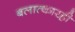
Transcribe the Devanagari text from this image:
बलात्कारही